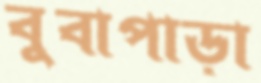
বুবাপাড়া